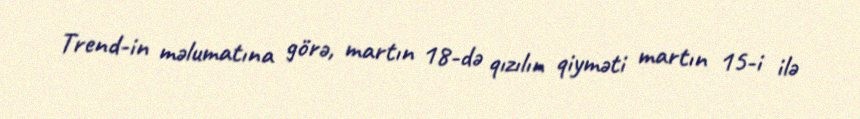
Trend-in məlumatına görə, martın 18-də qızılın qiyməti martın 15-i ilə